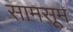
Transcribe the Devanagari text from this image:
सामसूम